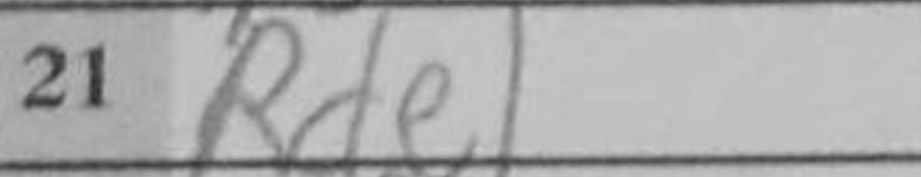
Transcription: Rde1